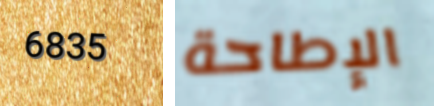
6835 الإطاحة